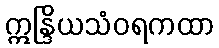
ဣန္ဒြိယသံဝရကထာ